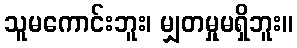
သူမကောင်းဘူး၊ မျှတမှုမရှိဘူး။